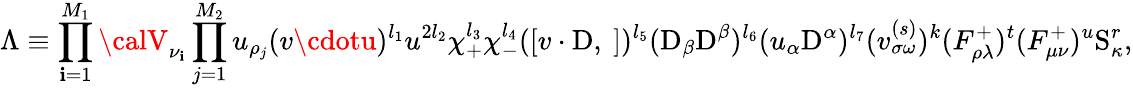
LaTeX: \Lambda\equiv\prod_{\mathbf{i}=1}^{M_{1}}{\calV}_{\nu_{\mathbf{i}}}\prod_{j=1}^{M_{2}}u_{\rho_{j}}(v\cdotu)^{l_{1}}u^{2l_{2}}\chi_{+}^{l_{3}}\chi_{-}^{l_{4}}([v\cdot\mathrm{{D}},\ ])^{l_{5}}(\mathrm{{D}}_{\beta}\mathrm{{D}}^{\beta})^{l_{6}}(u_{\alpha}\mathrm{{D}}^{\alpha})^{l_{7}}(v_{\sigma\omega}^{(s)})^{k}(F_{\rho\lambda}^{+})^{t}(F_{\mu\nu}^{+})^{u}\mathrm{{S}}_{\kappa}^{r},